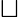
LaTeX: \sqcup